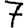
Digit: 7